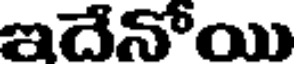
ఇదేనోయి